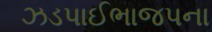
ઝડપાઈભાજપના